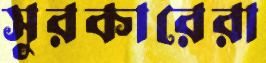
সুরকারেরা